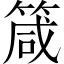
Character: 箴